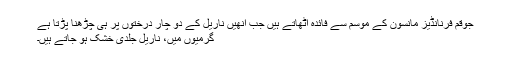
جوقم فرنانڈیز مانسون کے موسم سے فائدہ اٹھاتے ہیں جب انھیں ناریل کے دو چار درختوں پر ہی چڑھنا پڑتا ہے
گرمیوں میں، ناریل جلدی خشک ہو جاتے ہیں۔